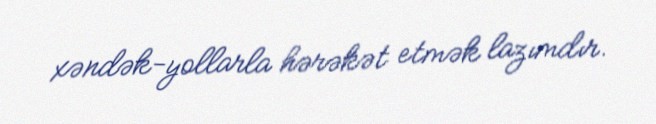
xəndək-yollarla hərəkət etmək lazımdır.